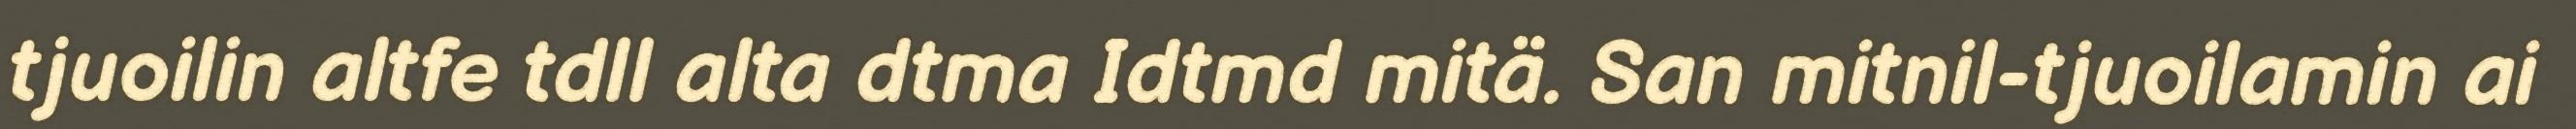
tjuoilin altfe tdll alta dtma Idtmd mitä. San mitnil-tjuoilamin ai